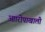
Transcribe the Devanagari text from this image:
आारोपाखाली